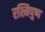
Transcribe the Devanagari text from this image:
रश्मिपुष्प